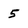
Character: 5